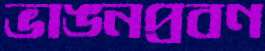
ভাঙনপ্রবণ